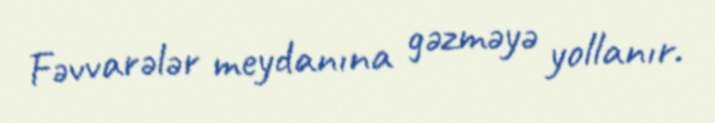
Fəvvarələr meydanına gəzməyə yollanır.